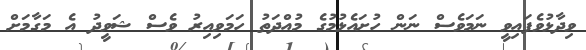
ވިދާޅުވެފައިވީ ނަމަވެސް ނަން ހުށައެޅުމުގެ މުއްދަތު ހަމަވިއިރު ވެސް ޝަވީދު އެ މަގާމަށް